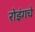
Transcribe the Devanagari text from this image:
रोइंगचे